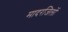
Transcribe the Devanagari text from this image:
मादरजिलों